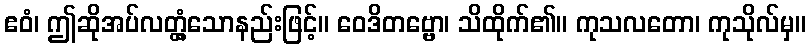
ဧဝံ၊ ဤဆိုအပ်လတ္တံ့သောနည်းဖြင့်။ ဝေဒိတဗ္ဗော၊ သိထိုက်၏။ ကုသလတော၊ ကုသိုလ်မှ။